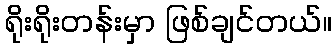
ရိုးရိုးတန်းမှာ ဖြစ်ချင်တယ်။